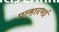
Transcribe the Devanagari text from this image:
प्रल्हादभाई